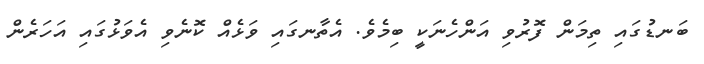
ބަނޑުގައި ތިމަން ފޮރުވި އަންހެނަކީ ބިމެވެ. އެތާނގައި ވަޅެއް ކޮނެވި އެވަޅުގައި އަހަރެން